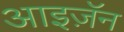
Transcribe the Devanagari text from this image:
आइज़ॅन